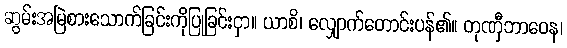
ဆွမ်းအမြဲစားသောက်ခြင်းကိုပြုခြင်းငှာ။ ယာစိ၊ လျှောက်တောင်းပန်၏။ တုဏှီဘာဝေန၊